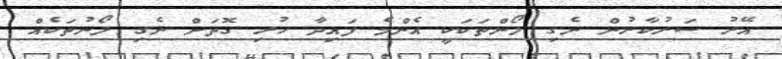
އޭރު ސަރުކާރުން ނެގި ލޯންތަކަކީ އެންމެ ފައިދާ ހުރި ގޮތަށް ނެގި ލޯނުތަކެއް